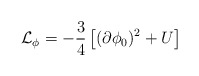
\begin{align*}{\cal L}_{\phi}= -\frac{3}{4}\left[ (\partial \phi_0)^2 + U \right]\end{align*}